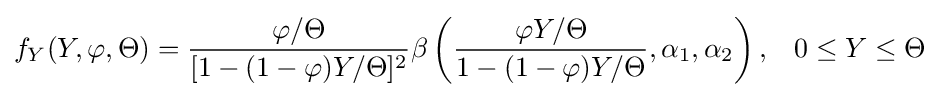
f_{Y}(Y,\varphi ,\Theta )={\frac {\varphi /\Theta }{[1-(1-\varphi )Y/\Theta ]^{2}}}\beta \left({\frac {\varphi Y/\Theta }{1-(1-\varphi )Y/\Theta }},\alpha _{1},\alpha _{2}\right),\;\;\;0\leq Y\leq \Theta